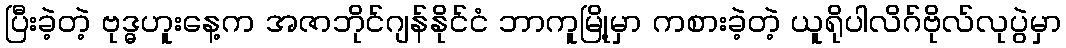
ပြီးခဲ့တဲ့ ဗုဒ္ဓဟူးနေ့က အဇာဘိုင်ဂျန်နိုင်ငံ ဘာကူမြို့မှာ ကစားခဲ့တဲ့ ယူရိုပါလိဂ်ဗိုလ်လုပွဲမှာ